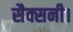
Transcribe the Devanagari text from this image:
सैक्सनी।